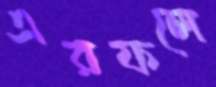
এরফলে